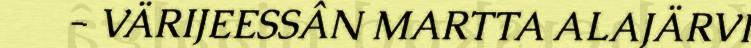
- VÄRIJEESSÂN MARTTA ALAJÄRVI